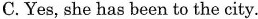
C.Yes, she has been to the city.